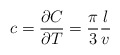
\begin{align*}c=\frac{\partial C}{\partial T}=\frac{\pi}{3}\frac{l}{v}\end{align*}